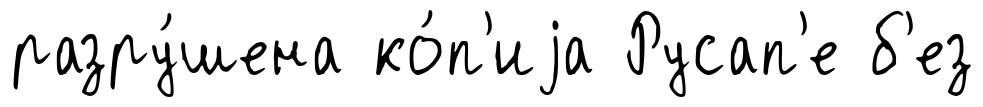
разру́шена ко́п'иjа Русап'е б'ез